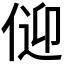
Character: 𱎸